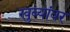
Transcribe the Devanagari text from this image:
खुब्यांवर